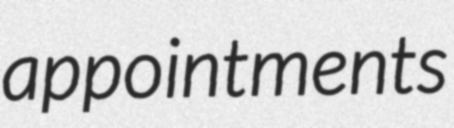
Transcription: appointments